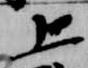
上